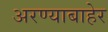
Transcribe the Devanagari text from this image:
अरण्याबाहेर